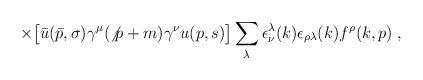
LaTeX: \begin{align*}\times \bigl[\bar{u}(\bar{p},\sigma)\gamma^\mu(\not{p}+m)\gamma^\nu u(p,s)\bigr]\sum_\lambda \epsilon_\nu^\lambda (k) \epsilon_{\rho\lambda} (k) f^\rho(k,p)\;,\end{align*}